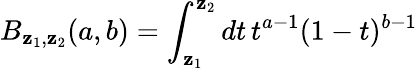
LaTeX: B_{\mathbf{z}_{1},\mathbf{z}_{2}}(a,b)=\int_{\mathbf{z}_{1}}^{\mathbf{z}_{2}}dt\, t^{a-1}(1-t)^{b-1}